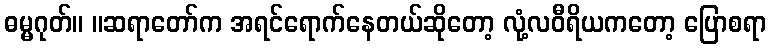
ဓမ္မဂုတ်။ ။ဆရာတော်က အရင်ရောက်နေတယ်ဆိုတော့ လုံ့လဝီရိယကတော့ ပြောစရာ